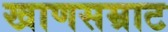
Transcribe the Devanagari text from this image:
खाणसम्राट